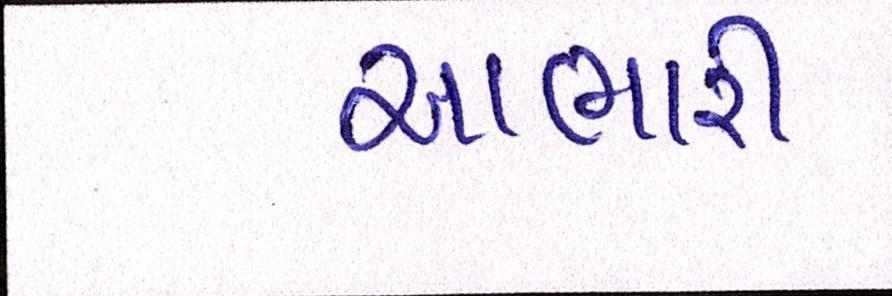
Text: આભારી